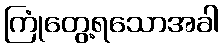
ကြုံတွေ့ရသောအခါ